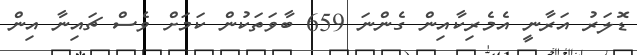
ޑޮލަރު އަރާނީ އެމެރިކާއިން ގެންނަ 659 ބާވަތަކުން ކަމަށް ވެސް ޗައިނާ އިން